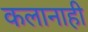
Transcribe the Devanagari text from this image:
कलानाही